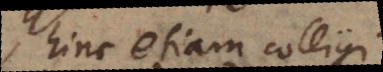
hinc etiam colligi